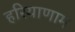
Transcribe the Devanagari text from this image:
हरियाणाम